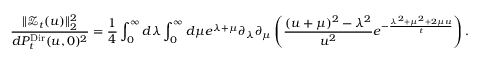
\frac { \Vert \mathcal Z _ { t } ( u ) \Vert _ { 2 } ^ { 2 } } { d P _ { t } ^ { \mathrm { D i r } } ( u , 0 ) ^ { 2 } } = \frac { 1 } { 4 } \int _ { 0 } ^ { \infty } d \lambda \int _ { 0 } ^ { \infty } d \mu e ^ { \lambda + \mu } \partial _ { \lambda } \partial _ { \mu } \left( \frac { ( u + \mu ) ^ { 2 } - \lambda ^ { 2 } } { u ^ { 2 } } e ^ { - \frac { \lambda ^ { 2 } + \mu ^ { 2 } + 2 \mu u } { t } } \right) .